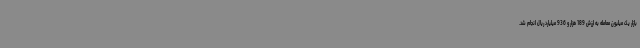
بازار یک میلیون معامله به ارزش 189 هزار و 936 میلیارد ریال انجام شد.